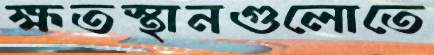
ক্ষতস্থানগুলোতে